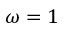
\omega = 1